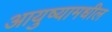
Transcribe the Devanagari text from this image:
आयुष्यामधील